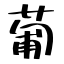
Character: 葡